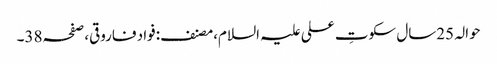
حوالہ 25سال سکوتِ علی علیہ السلام،مصنف:فواد فاروقی،صفحہ38۔